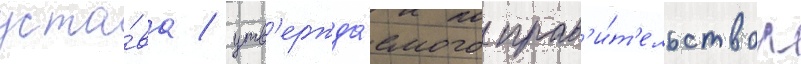
уста́ва / утв'ержда́емого прав'и́т'ельством